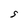
Character: S